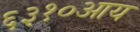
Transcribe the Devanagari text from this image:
६३१०आय